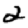
Digit: 2